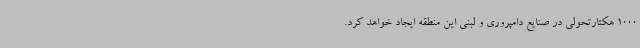
1000 هکتارتحولی در صنایع دامپروری و لبنی این منطقه ایجاد خواهد کرد.